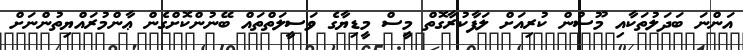
އަންނަ ބަދަލުތަކާއި މޫސުން ކުރިއަށް ލަފާކުރާގޮތް މީސް މީޑިޔާގެ ވަސީލަތްތައް ބޭނުންކޮށްގެން ޢާންމުރައްޔިތުންނަށް